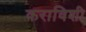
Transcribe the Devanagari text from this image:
कराविशी